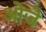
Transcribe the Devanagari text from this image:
ओजे